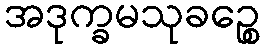
အဒုက္ခမသုခဉ္စေ